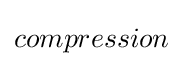
compression